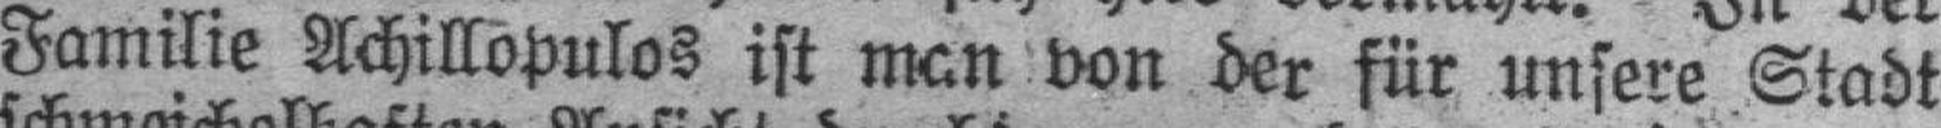
Familie Achillopulos ist man von der für unsere Stadt